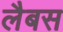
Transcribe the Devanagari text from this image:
लैबस